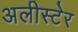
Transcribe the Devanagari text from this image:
अलीस्टेर